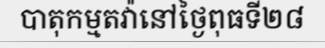
បាតុកម្មតវ៉ានៅថ្ងៃពុធទី២៨